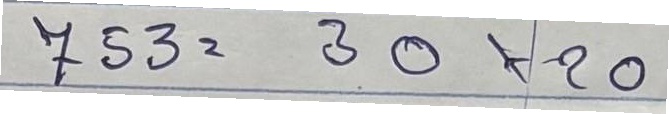
753 = 30x20